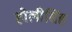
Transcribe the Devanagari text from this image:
होलीसिंह